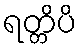
ရတ္တိပိ